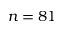
n = 8 1